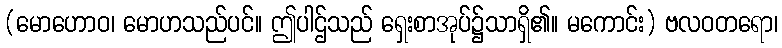
(မောဟောဝ၊ မောဟသည်ပင်။ ဤပါဌ်သည် ရှေးစာအုပ်၌သာရှိ၏။ မကောင်း) ဗလဝတရော၊